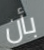
بأن